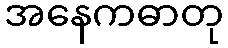
အနေကဓာတု